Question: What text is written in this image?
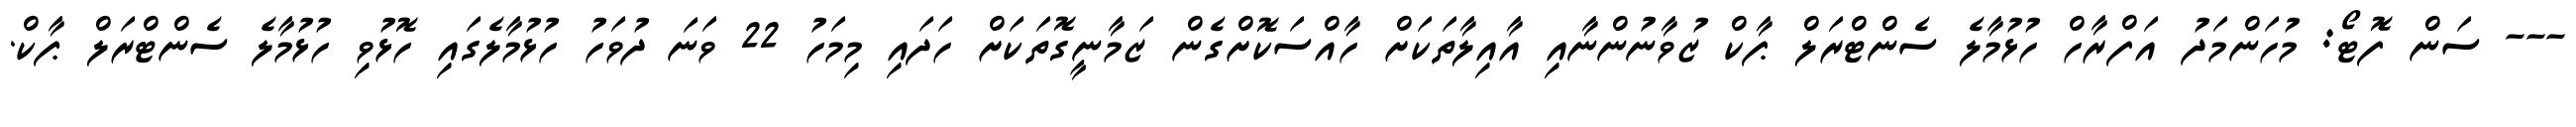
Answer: --- ސަން ފޮޓޯ: މުހަންމަދު އަފްރާހް ހުޅުމާލެ ސެންޓްރަލް ޕާކް ޒުވާނުންނާއި އާއިލާތަކަށް ހާއްސަކޮށްގެން ޒަމާނީގޮތަކަށް ހަދައި މިމަހު 22 ވަނަ ދުވަހު ހުޅުމާލެގައި ހޮޅުވި ހުޅުމާލެ ސެންޓްރަލް ޕާކް.